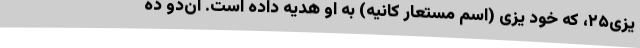
یزی۲۵، که خود یزی (اسم مستعار کانیه) به او هدیه داده است. آن‌دو ده